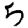
Digit: 5